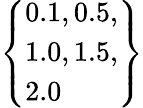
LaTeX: \left\{ \begin{array}{l}{0.1,0.5,}\\ {1.0,1.5,}\\ {2.0}\end{array}\right\}